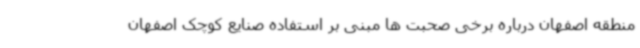
منطقه اصفهان درباره برخی صحبت ها مبنی بر استفاده صنایع کوچک اصفهان